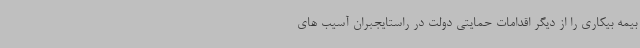
بیمه بیکاری را از دیگر اقدامات حمایتی دولت در راستایجبران آسیب های